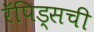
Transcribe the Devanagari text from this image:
रॅपिड्सची